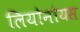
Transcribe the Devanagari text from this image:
लियोनोयस